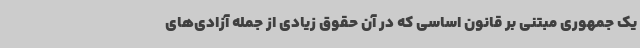
یک جمهوری مبتنی بر قانون اساسی که در آن حقوق زیادی از جمله آزادی‌های